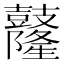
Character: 𪔴